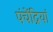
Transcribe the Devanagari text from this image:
पंचेंद्रियां